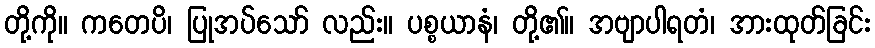
တို့ကို။ ကတေပိ၊ ပြုအပ်သော် လည်း။ ပစ္စယာနံ၊ တို့၏။ အဗျာပါရတံ၊ အားထုတ်ခြင်း